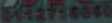
0412718040